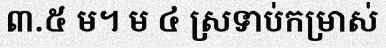
៣.៥ ម។ ម ៤ ស្រទាប់កម្រាស់